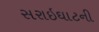
સરાઇઘાટની